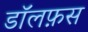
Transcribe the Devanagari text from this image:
डॉलफ़स